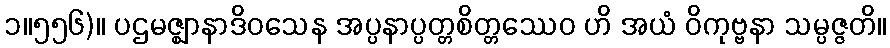
၁။၅၅၆)။ ပဌမဇ္ဈာနာဒိဝသေန အပ္ပနာပ္ပတ္တစိတ္တဿေဝ ဟိ အယံ ဝိကုဗ္ဗနာ သမ္ပဇ္ဇတိ။